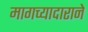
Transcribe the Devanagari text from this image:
मागच्यादाराने